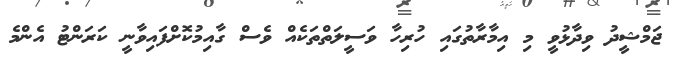
ޖަމްޝީދު ވިދާޅުވީ މި އިމާރާތުގައި ހުރިހާ ވަސީލަތްތަކެއް ވެސް ގާއިމުކޮށްފައިވާނީ ކަރަންޓު އެންމެ